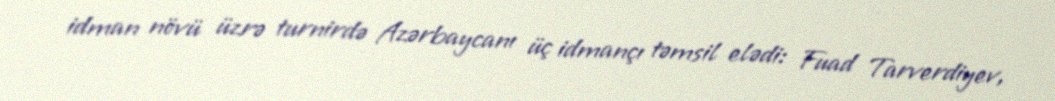
idman növü üzrə turnirdə Azərbaycanı üç idmançı təmsil elədi: Fuad Tarverdiyev,